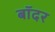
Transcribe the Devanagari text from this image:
बॉदर